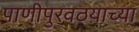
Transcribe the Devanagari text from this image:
पाणीपुरवठय़ाच्या